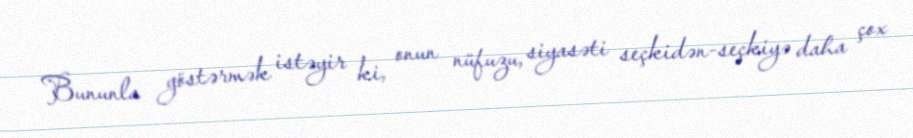
Bununla göstərmək istəyir ki, onun nüfuzu, siyasəti seçkidən-seçkiyə daha çox